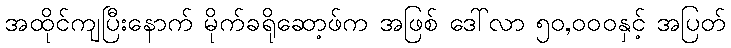
အထိုင်ကျပြီးနောက် မိုက်ခရိုဆော့ဖ်က အဖြစ် ဒေါ်လာ ၅၀,၀၀၀နှင့် အပြတ်